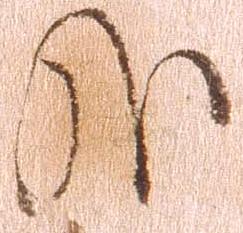
哉